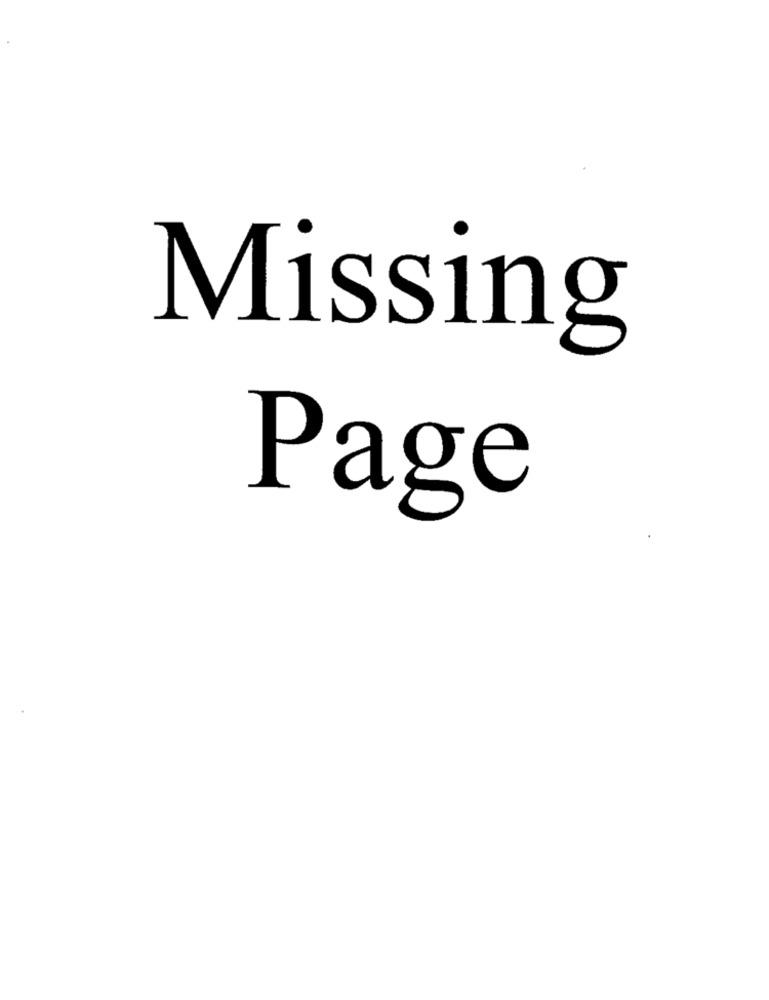
Missing
Page